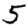
Digit: 5